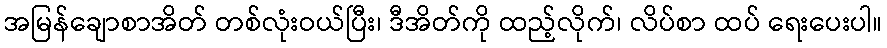
အမြန်ချောစာအိတ် တစ်လုံးဝယ်ပြီး၊ ဒီအိတ်ကို ထည့်လိုက်၊ လိပ်စာ ထပ် ရေးပေးပါ။